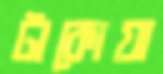
টাকোয়া